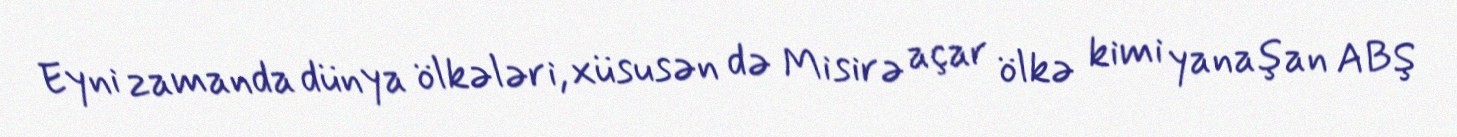
Eyni zamanda dünya ölkələri, xüsusən də Misirə açar ölkə kimi yanaşan ABŞ